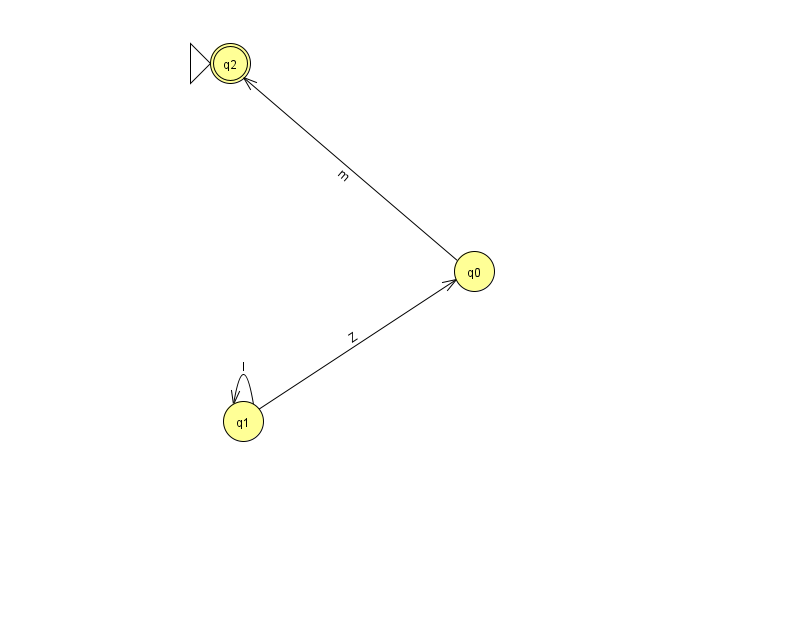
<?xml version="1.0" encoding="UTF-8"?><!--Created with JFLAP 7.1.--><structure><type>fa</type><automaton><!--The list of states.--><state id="0" name="q0"><x>474.0</x><y>258.0</y></state><state id="1" name="q1"><x>243.0</x><y>408.0</y></state><state id="2" name="q2"><x>230.0</x><y>50.0</y><initial/><final/></state><!--The list of transitions.--><transition><from>1</from><to>0</to><read>Z</read></transition><transition><from>1</from><to>1</to><read>l</read></transition><transition><from>0</from><to>2</to><read>m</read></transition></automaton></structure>